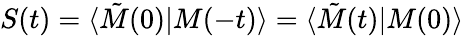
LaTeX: S(t)=\langle\tilde{M}(0)\vert M(-t)\rangle=\langle\tilde{M}(t)\vert M(0)\rangle